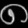
Digit: ၈